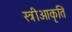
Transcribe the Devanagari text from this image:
स्त्रीआकृति